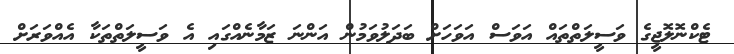
ޓެކްނޮލޮޖީގެ ވަސީލަތްތައް އަވަސް އަވަހަށް ބަދަލުވަމުން އަންނަ ޒަމާނެއްގައި އެ ވަސީލަތްތަކާ އެއްވަރަށް